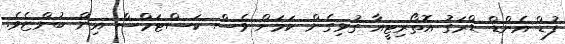
ފުޑް އެންޑް ޑްރަގު އޮތޯރިޓީއާ ގުޅިގެން ކަމަށް ވެސް ކަސްޓަމްސް އިން ބުންޏެވެ.